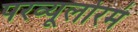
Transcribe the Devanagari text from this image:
परव्यूलोरमं